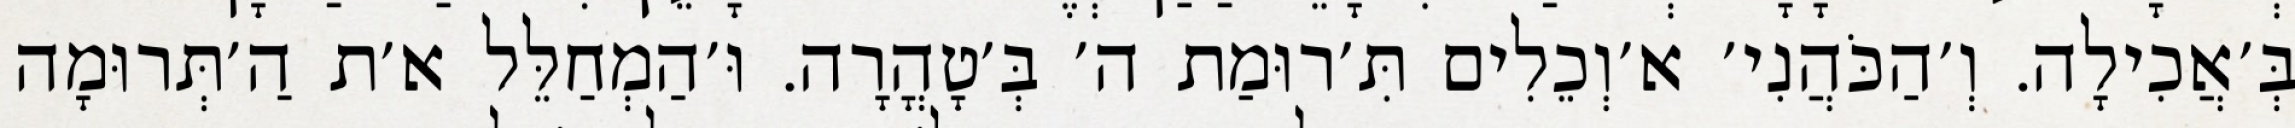
בְּ׳אֲכִילָה. וְ׳הַכֹּהֲנִי׳ א׳וְכֵלִים תִּ׳רוּמַת ה׳ בְּ׳טָהֳרָה. וּ׳הַמְחַלֵּל א׳ת הַ׳תְּרוּמָה